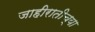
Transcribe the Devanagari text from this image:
जाहीरातीच्या